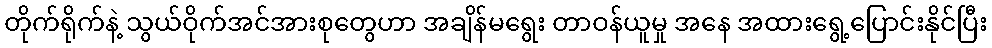
တိုက်ရိုက်နဲ့ သွယ်ဝိုက်အင်အားစုတွေဟာ အချိန်မရွေး တာဝန်ယူမှု အနေ အထားရွေ့ပြောင်းနိုင်ပြီး